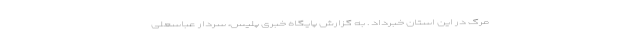
مرگ در این استان خبرداد . به گزارش پایگاه خبری پلیس، سردار عباسعلی